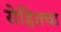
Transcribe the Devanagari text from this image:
रोहितचा